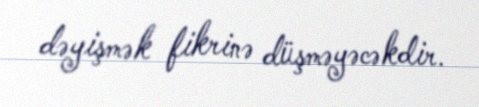
dəyişmək fikrinə düşməyəcəkdir.